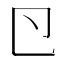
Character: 𭅲